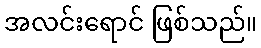
အလင်းရောင် ဖြစ်သည်။